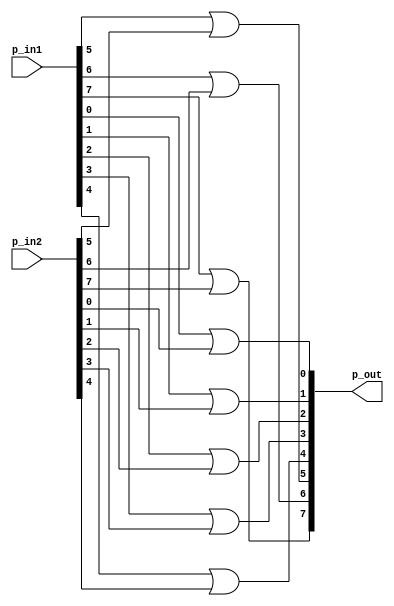
module P(p_out, p_in1, p_in2);
    input[7:0] p_in1, p_in2;
    output[7:0] p_out;

    or p0(p_out[0], p_in1[0], p_in2[0]);
    or p1(p_out[1], p_in1[1], p_in2[1]);
    or p2(p_out[2], p_in1[2], p_in2[2]);
    or p3(p_out[3], p_in1[3], p_in2[3]);
    or p4(p_out[4], p_in1[4], p_in2[4]);
    or p5(p_out[5], p_in1[5], p_in2[5]);
    or p6(p_out[6], p_in1[6], p_in2[6]);
    or p7(p_out[7], p_in1[7], p_in2[7]);
    
endmodule